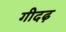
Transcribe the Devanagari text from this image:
गीदढ़